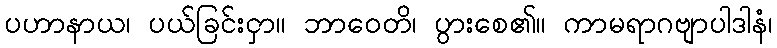
ပဟာနာယ၊ ပယ်ခြင်းငှာ။ ဘာဝေတိ၊ ပွားစေ၏။ ကာမရာဂဗျာပါဒါနံ၊